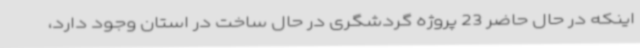
اینکه در حال حاضر 23 پروژه گردشگری در حال ساخت در استان وجود دارد،